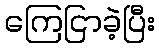
ကြေငြာခဲ့ပြီး